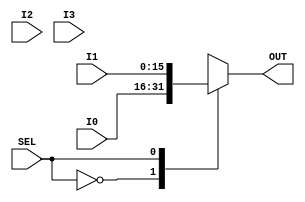
module Mux4 #(parameter width=16) (
  input SEL,
  input [width-1:0] I0,
  input [width-1:0] I1,
  input [width-1:0] I2,
  input [width-1:0] I3,
  output [width-1:0] OUT
);

reg [width-1:0] out;

always @(*) begin
  case (SEL) 
    0: out <= I0;
    1: out <= I1;
    2: out <= I2;
    3: out <= I3;
  endcase
end

assign OUT = out;

endmodule